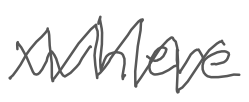
Text: where
Cross-out: zig-zag
Writing tool: digital_gray